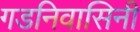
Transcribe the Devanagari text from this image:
गडनिवासिनी